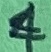
Text: 4